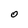
Character: O